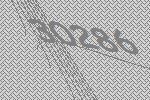
30286